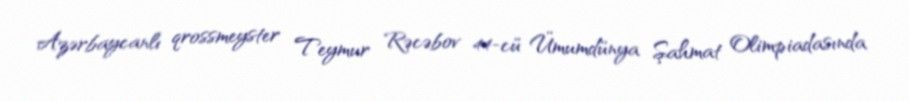
Azərbaycanlı qrossmeyster Teymur Rəcəbov 44-cü Ümumdünya Şahmat Olimpiadasında